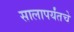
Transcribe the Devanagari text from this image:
सालापर्यंतचे